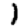
Digit: 1